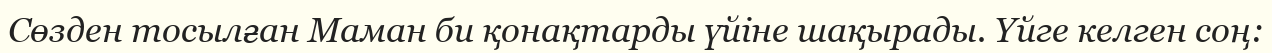
Сөзден тосылған Маман би қонақтарды үйіне шақырады. Үйге келген соң: